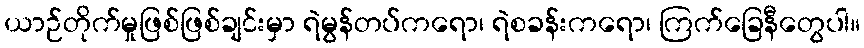
ယာဉ်တိုက်မှုဖြစ်ဖြစ်ချင်းမှာ ရဲမွန်တပ်ကရော၊ ရဲစခန်းကရော၊ ကြက်ခြေနီတွေပါ။